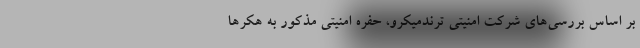
بر اساس بررسی‌های شرکت امنیتی ترندمیکرو، حفره امنیتی مذکور به هکرها